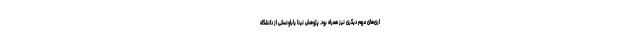
اری‌های مهم دیگری نیز همراه بود. پژوهش نینا یابلونسکی از دانشگاه